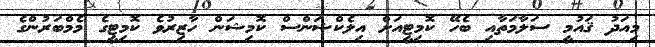
މިއަދު ޤައުމީ ސަލާމަތާއި ބެހޭ ކޮމިޓީއަށް އިލެކްޝަންސް ކޮމިޝަން ހާޒިރުވެ ކޮމިޓީގެ މެމްބަރުންގެ